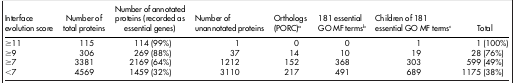
<table><thead><tr><td><b>Interface evolution score</b></td><td><b>Number of total proteins</b></td><td><b>Number of annotated proteins (recorded as essential genes)</b></td><td><b>Number of unannotated proteins</b></td><td><b>Orthologs (PORC)a</b></td><td><b>181 essential GO MF termsb</b></td><td><b>Children of 181 essential GO MF termsc</b></td><td><b>Total</b></td></tr></thead><tbody><tr><td>≥11</td><td>115</td><td>114 (99%)</td><td>1</td><td>0</td><td>0</td><td>1</td><td>1 (100%)</td></tr><tr><td>≥9</td><td>306</td><td>269 (88%)</td><td>37</td><td>14</td><td>10</td><td>19</td><td>28 (76%)</td></tr><tr><td>≥7</td><td>3381</td><td>2169 (64%)</td><td>1212</td><td>152</td><td>368</td><td>303</td><td>599 (49%)</td></tr><tr><td>&lt;7</td><td>4569</td><td>1459 (32%)</td><td>3110</td><td>217</td><td>491</td><td>689</td><td>1175 (38%)</td></tr></tbody></table>